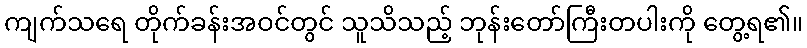
ကျက်သရေ တိုက်ခန်းအဝင်တွင် သူသိသည့် ဘုန်းတော်ကြီးတပါးကို တွေ့ရ၏။